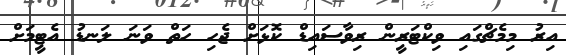
އިރު މިމެޗްގައި ވިކްޓަރީން ރިވާސައިޑް ކޮޅަށް ޖެހި ހަތް ވަނަ ލަނޑު އެޓީމަށް